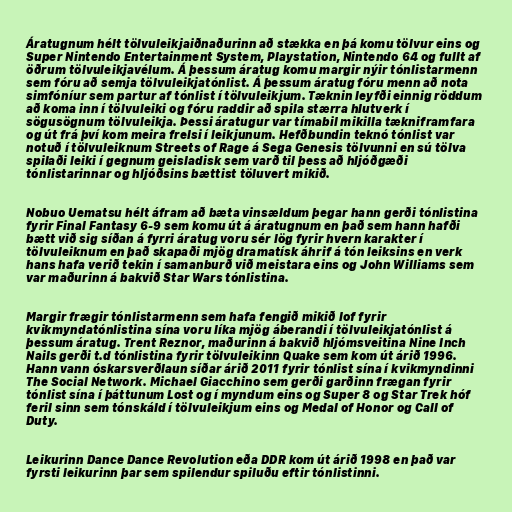
Áratugnum hélt tölvuleikjaiðnaðurinn að stækka en þá komu tölvur eins og
Super Nintendo Entertainment System, Playstation, Nintendo 64 og fullt af
öðrum tölvuleikjavélum. Á þessum áratug komu margir nýir tónlistarmenn
sem fóru að semja tölvuleikjatónlist. Á þessum áratug fóru menn að nota
simfóníur sem partur af tónlist í tölvuleikjum. Tæknin leyfði einnig röddum
að koma inn í tölvuleiki og fóru raddir að spila stærra hlutverk í
sögusögnum tölvuleikja. Þessi áratugur var tímabil mikilla tækniframfara
og út frá því kom meira frelsi í leikjunum. Hefðbundin teknó tónlist var
notuð í tölvuleiknum Streets of Rage á Sega Genesis tölvunni en sú tölva
spilaði leiki í gegnum geisladisk sem varð til þess að hljóðgæði
tónlistarinnar og hljóðsins bættist töluvert mikið.

Nobuo Uematsu hélt áfram að bæta vinsældum þegar hann gerði tónlistina
fyrir Final Fantasy 6-9 sem komu út á áratugnum en það sem hann hafði
bætt við sig síðan á fyrri áratug voru sér lög fyrir hvern karakter í
tölvuleiknum en það skapaði mjög dramatísk áhrif á tón leiksins en verk
hans hafa verið tekin í samanburð við meistara eins og John Williams sem
var maðurinn á bakvið Star Wars tónlistina.

Margir frægir tónlistarmenn sem hafa fengið mikið lof fyrir
kvikmyndatónlistina sína voru líka mjög áberandi í tölvuleikjatónlist á
þessum áratug. Trent Reznor, maðurinn á bakvið hljómsveitina Nine Inch
Nails gerði t.d tónlistina fyrir tölvuleikinn Quake sem kom út árið 1996.
Hann vann óskarsverðlaun síðar árið 2011 fyrir tónlist sína í kvikmyndinni
The Social Network. Michael Giacchino sem gerði garðinn frægan fyrir
tónlist sína í þáttunum Lost og í myndum eins og Super 8 og Star Trek hóf
feril sinn sem tónskáld í tölvuleikjum eins og Medal of Honor og Call of
Duty.

Leikurinn Dance Dance Revolution eða DDR kom út árið 1998 en það var
fyrsti leikurinn þar sem spilendur spiluðu eftir tónlistinni.